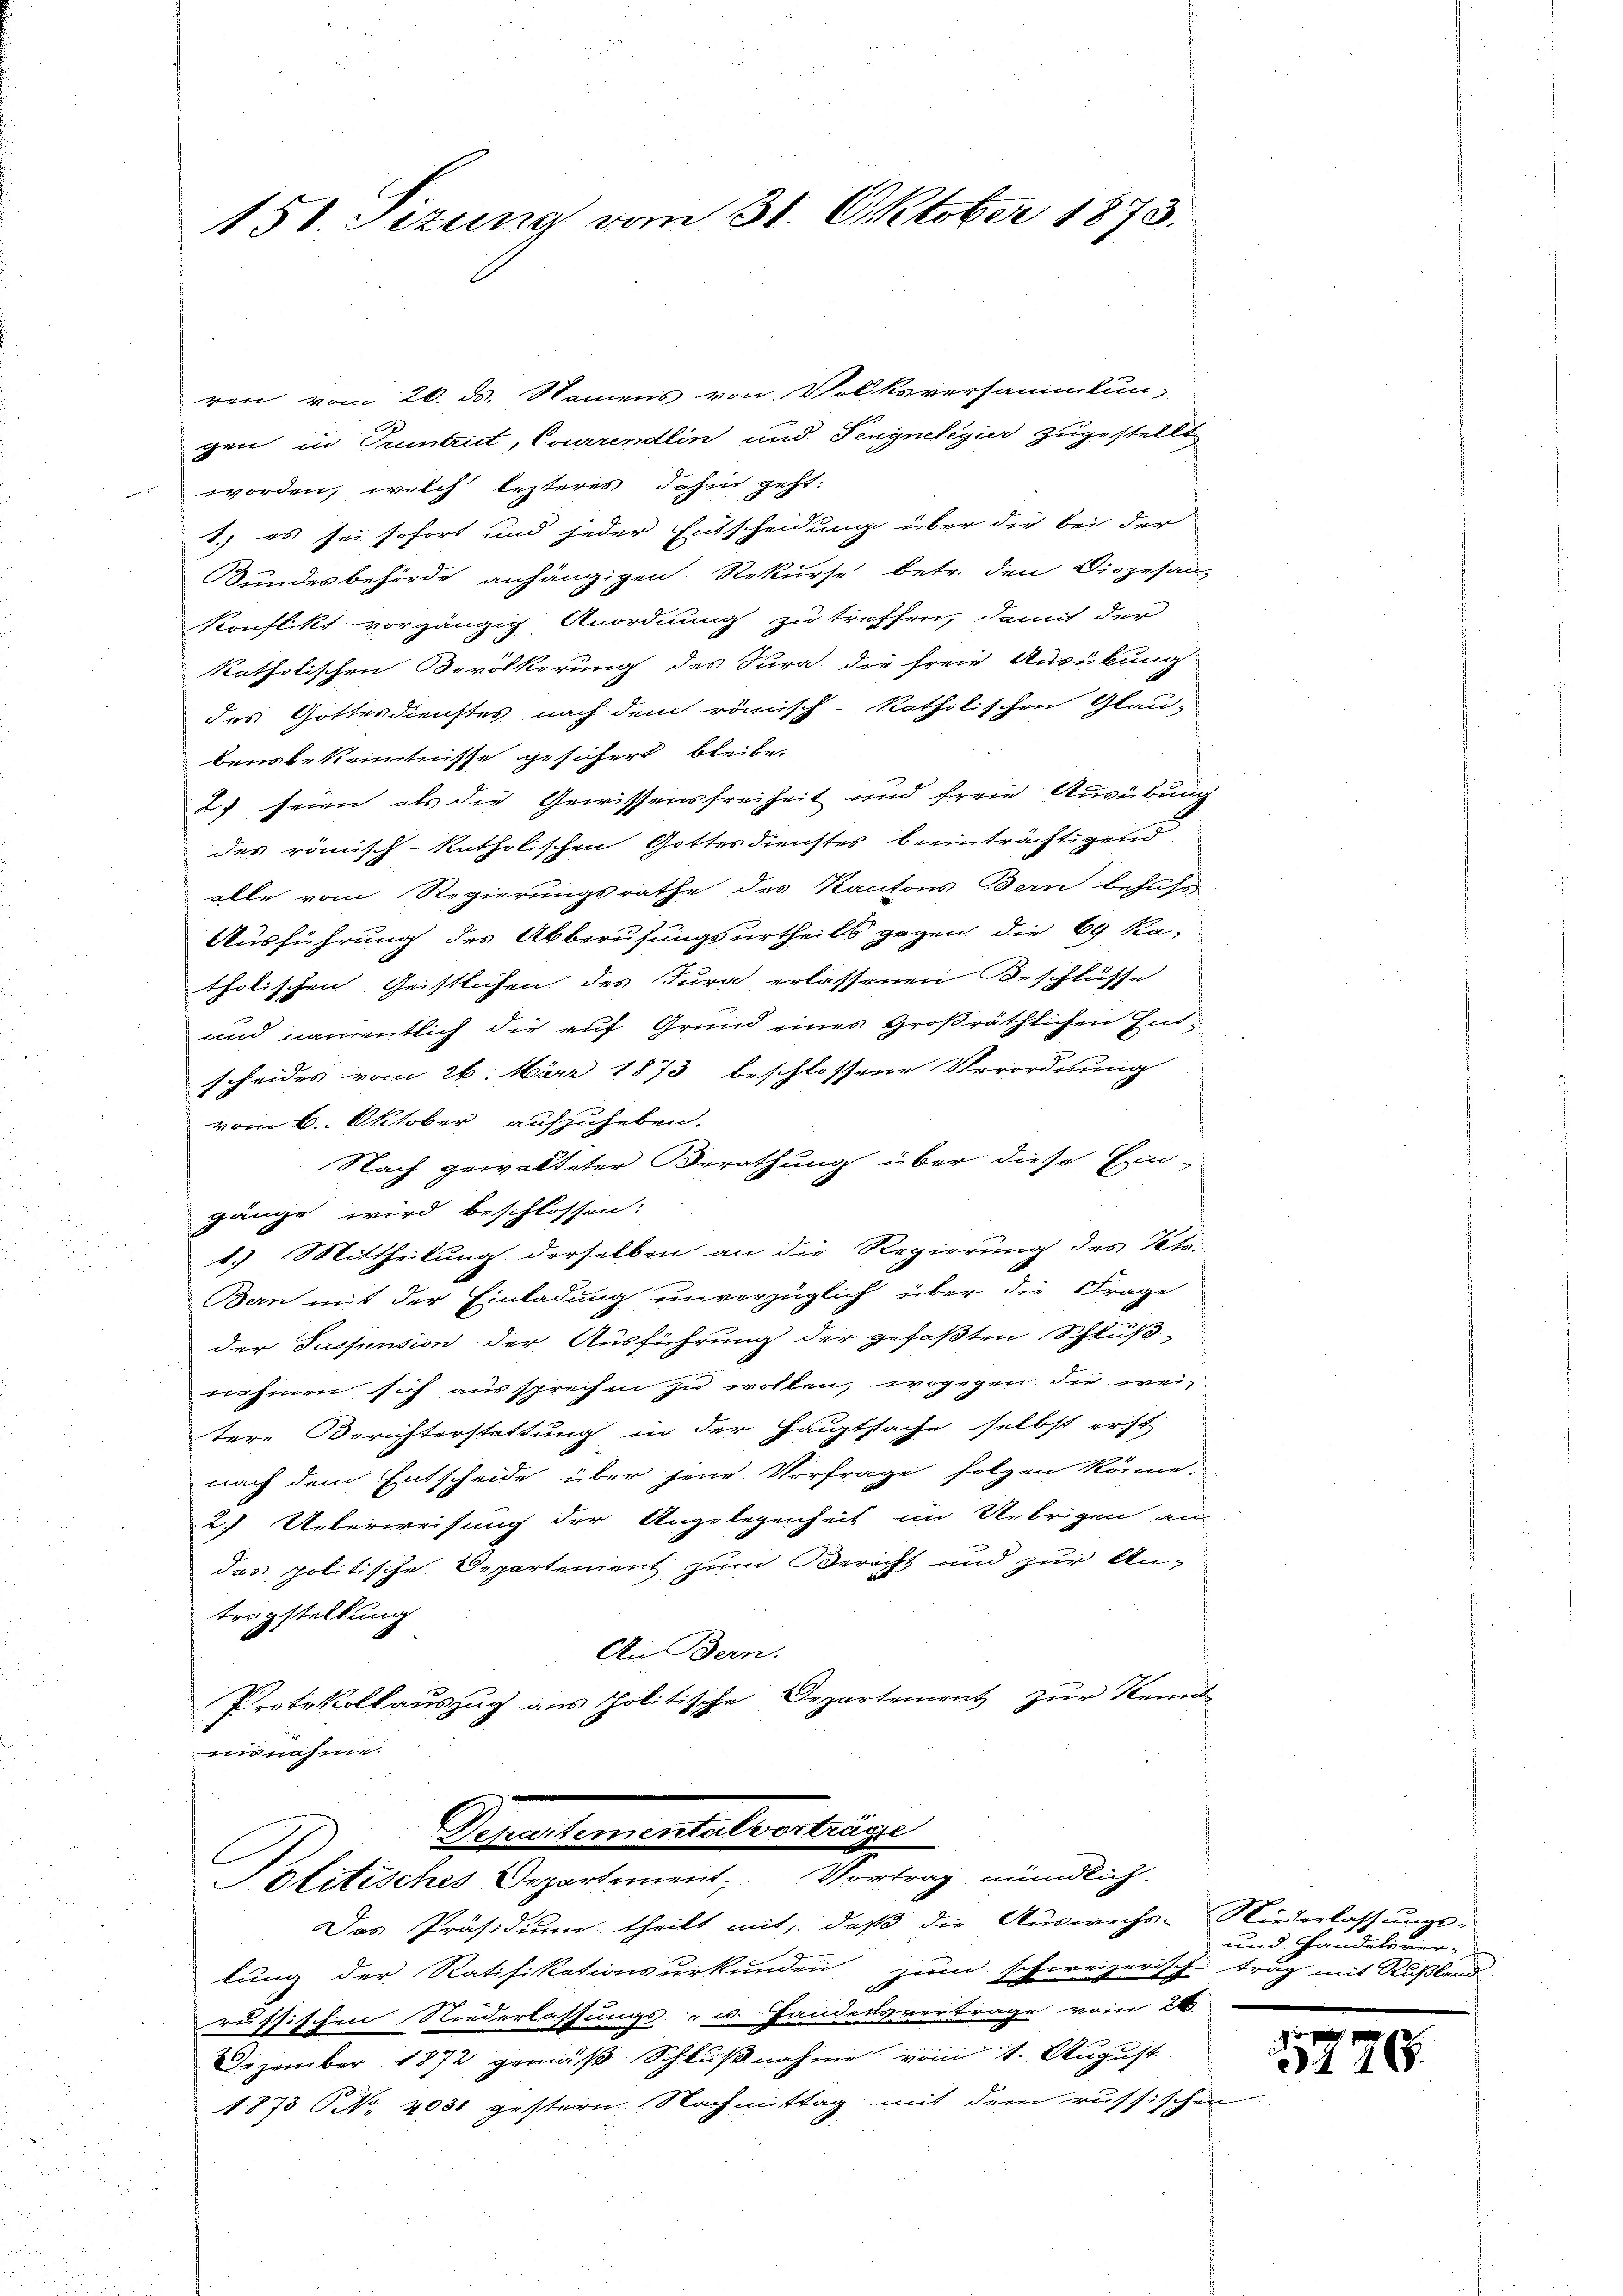
150. Sizung vom 31. Oktober 1873.

ren vom 20. ds. Namens von Volksversammlun-
gen in Pruntrut, Courrendlin und Penynelegier zugestellt
worden, welch lezteres dahin geht:
1.) es sei sofort und jeder Entscheidung über die bei der
Bundesbehörde anhängigen Rekurse betr. den Diözesan-
Konflikt vorgängig Anordnung zu treffen, damit der
katholischen Bevölkerung des Sura, die freie Ausübung
des Gottesdienstes nach dem römisch-katholischen Glau-
bensbekenntnisse gesichert bleibe.
2) seien als die Gewissensfreiheit und freie Ausübung
des römisch-katholischen Gottesdienstes beeinträchtigend
alle vom Regierungsrathe des Kantons Bern behufs
Ausführung des Abberufungsurtheils gegen die 69 ka-
tholischen Geistlichen des Jura erlassenen Beschlüsse
und namentlich die auf Grund eines Großräthlichen End-
scheides vom 26. März 1873 beschlossene Verordnung
vom 6. Oktober aufzuheben.
Nach gewalteter Berathung über diese Ein-
gänge wird beschlossen:
1.) Mittheilung derselben an die Regierung des Peta-
Bern mit der Einladung unverzüglich über die Frage
der Suspension der Ausführung der gefaßten Schlußnehmen sich aus sprechen zu wollen, wogegen. Die weitere Berichterstattung in der Hauptsache selbst erst
nach dem Entscheide über jene Vorfrage folgen könne.
2) Ueberweisung der Angelegenheit im Uebrigen an-
das politische Departenient zum Bericht und zur An-
tragstellung
An Bern.
Protokollauszug aus Politische Departement zur Kennt-
vernahme.

Sehentementalverträge
6
Politisches Departement, Vortrag mündlich.
Das Präsidium theilt mit, daß die Auswechs-Niederlassungs-

lung der Ratifikationsurkunden zum schweizerisch-trug mit Rußland
russischen Niederlassungs- u. Handelsvertrage vom 26.
e
Dezember 1872 gemäß Schlußnahme vom 1. August
1873 NNo. 4031 gestern Nachmittag mit dem russischen

und Handelever-

347

79